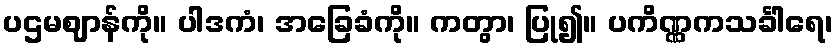
ပဌမဈာန်ကို။ ပါဒကံ၊ အခြေခံကို။ ကတွာ၊ ပြု၍။ ပကိဏ္ဏကသင်္ခါရေ၊